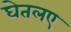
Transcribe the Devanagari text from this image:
घेतलए